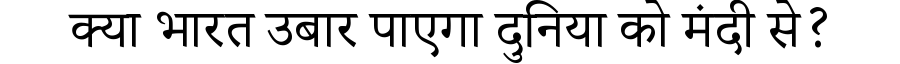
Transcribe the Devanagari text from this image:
क्या भारत उबार पाएगा दुनिया को मंदी से?